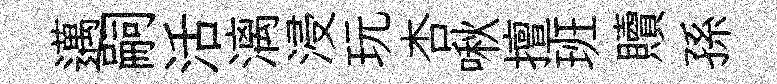
邁嗣活漓浸玩杏啾擅班贖孫